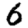
Digit: 6